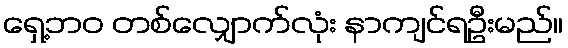
ရှေ့ဘဝ တစ်လျှောက်လုံး နာကျင်ရဦးမည်။